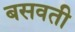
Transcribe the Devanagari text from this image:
बसवती